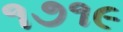
૧૭૧૯